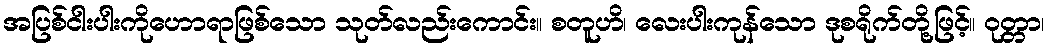
အပြစ်ငါးပါးကိုဟောရာဖြစ်သော သုတ်လည်းကောင်း။ စတူဟိ၊ လေးပါးကုန်သော ဒုစရိုက်တို့ဖြင့်။ ဝုတ္တာ၊